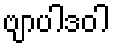
ဗျာပါဒဝါ